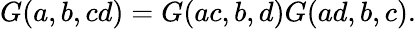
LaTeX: G(a,b,cd)=G(ac,b,d)G(ad,b,c).